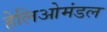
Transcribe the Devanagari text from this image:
हेलिओमंडल